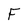
Character: F